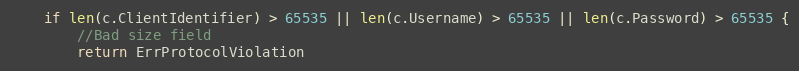
Language: Go
	if len(c.ClientIdentifier) > 65535 || len(c.Username) > 65535 || len(c.Password) > 65535 {
		//Bad size field
		return ErrProtocolViolation